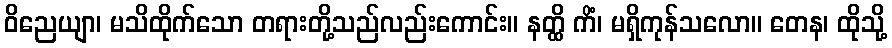
ဝိညေယျာ၊ မသိထိုက်သော တရားတို့သည်လည်းကောင်း။ နတ္ထိ ကိံ၊ မရှိကုန်သလော။ တေန၊ ထိုသို့